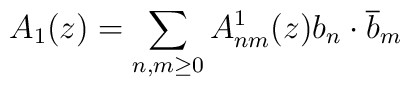
A_1(z)=\sum_{n,m\geq 0}A^1_{nm}(z)b_n\cdot\overline b_m